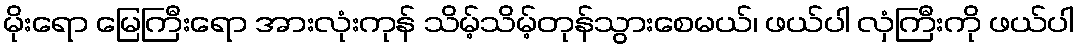
မိုးရော မြေကြီးရော အားလုံးကုန် သိမ့်သိမ့်တုန်သွားစေမယ်၊ ဖယ်ပါ လှံကြီးကို ဖယ်ပါ